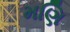
મણિ